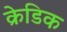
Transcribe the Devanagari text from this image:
क्रेडिक